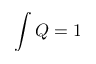
\int Q = 1